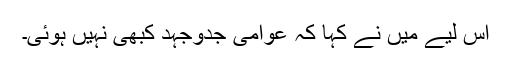
اس لیے میں نے کہا کہ عوامی جدوجہد کبھی نہیں ہوئی۔